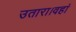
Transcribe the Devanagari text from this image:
उतारा।वहां